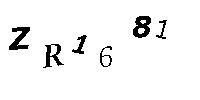
ZR1681